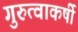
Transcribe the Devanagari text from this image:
गुरुत्वाकर्षी